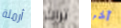
أرملة تراك آخر